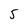
Character: 5